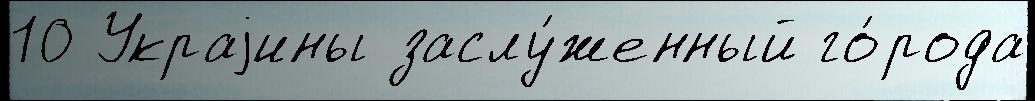
10 Украjины заслу́женный го́рода